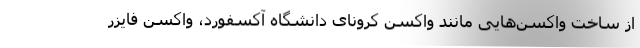
از ساخت واکسن‌هایی مانند واکسن کرونای دانشگاه آکسفورد، واکسن فایزر